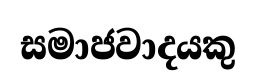
සමාජවාදයකු